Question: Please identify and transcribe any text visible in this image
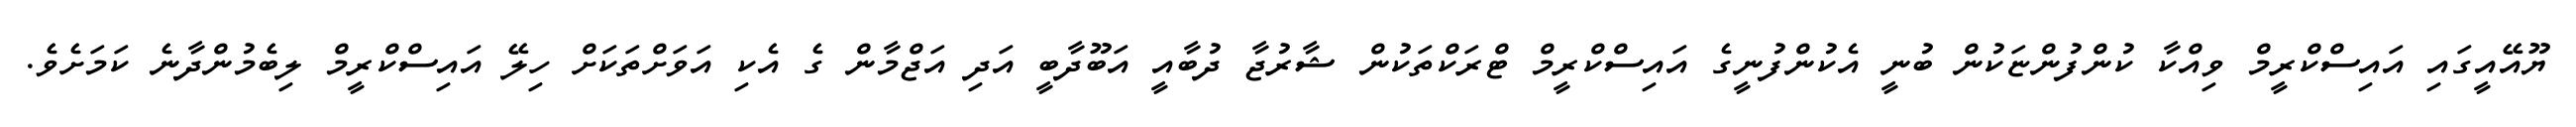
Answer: ޔޫއޭއީގައި އައިސްކްރީމް ވިއްކާ ކުންފުންޏަކުން ބުނީ އެކުންފުނީގެ އައިސްކްރީމް ޓްރަކްތަކުން ޝާރުޖާ ދުބާއީ އަބޫދާބީ އަދި އަޖްމާން ގެ އެކި އަވަށްތަކަށް ހިލޭ އައިސްކްރީމް ލިބެމުންދާނެ ކަމަށެވެ.